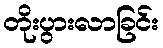
တိုးပွားလာခြင်း